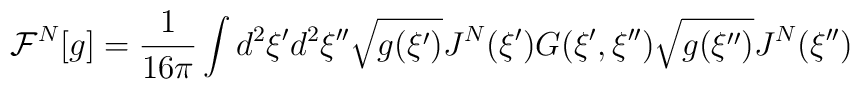
{\mathcal{F}^N}[g]={1\over{16\pi}}\int{d^2}\xi'{d^2}\xi''\sqrt{g(\xi')}{J^N}(\xi')G(\xi',\xi'')\sqrt{g(\xi'')}{J^N}(\xi'')